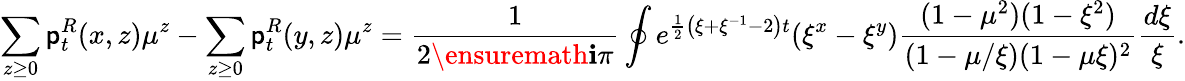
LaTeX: \sum_{z\ge 0}\mathsf{p}_{t}^{R}(x,z)\mu^{z}-\sum_{z\ge 0}\mathsf{p}_{t}^{R}(y,z)\mu^{z}=\frac{1}{2\ensuremath{\mathbf{i}}\pi}\oint e^{\frac{1}{2}\left(\xi+\xi^{-1}-2\right)t}(\xi^{x}-\xi^{y})\frac{(1-\mu^{2})(1-\xi^{2})}{(1-\mu/\xi)(1-\mu\xi)^{2}}\frac{d\xi}{\xi}.